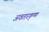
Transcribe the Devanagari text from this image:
अवतारकृष्ण